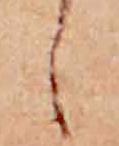
し